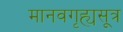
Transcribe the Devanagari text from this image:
मानवगृह्यसूत्र